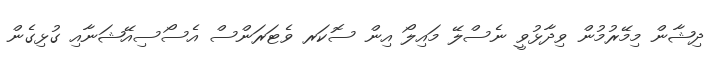
ދިޝާން މިމޭރުމުން ވިދާޅުވީ ނެސްލޭ މައިލޯ އިން ސޮކަރ ވެޓަރަންސް އެސޯސިއޭޝަނާއި ގުޅިގެން